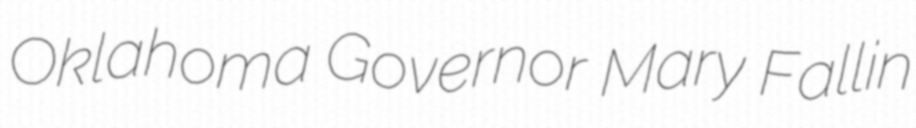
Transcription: Oklahoma Governor Mary Fallin